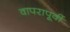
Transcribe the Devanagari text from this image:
वापरापूर्वी